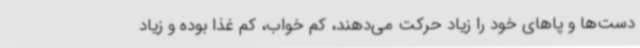
دست‌ها و پاهای خود را زیاد حرکت می‌دهند، کم خواب، کم غذا بوده و زیاد